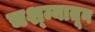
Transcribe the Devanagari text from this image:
चश्म्यातून